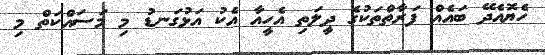
ހެޔޮއެދޭ ބައެއް ފަރާތްތަކުގެ ދީލަތި އެހީއާ އެކު އަޅުގަނޑު މި މަސައްކަތް މި